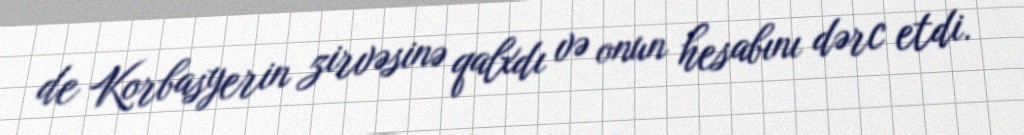
de Korbasyerin zirvəsinə qalxdı və onun hesabını dərc etdi.